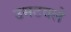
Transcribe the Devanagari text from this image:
उमटवले